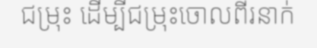
ជម្រុះ ដើម្បីជម្រុះចោលពីរនាក់